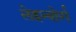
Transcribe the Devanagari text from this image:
लेइन्बोर्ग